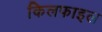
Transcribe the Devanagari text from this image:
किलफाइल